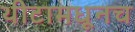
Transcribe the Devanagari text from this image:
थीटामधूनच